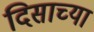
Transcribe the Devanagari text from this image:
दिसाच्या